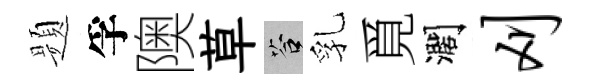
题孚隩草答乳覓濶刈